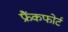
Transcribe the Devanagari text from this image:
फ्रैंकफोर्ट